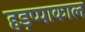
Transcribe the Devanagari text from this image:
हड़प्पाकाल